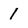
Character: 1